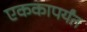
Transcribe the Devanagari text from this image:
एककापर्यंत